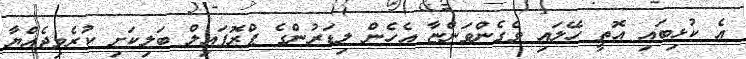
އެ ކުޅިބައި އޮތީ ހޭލައި ވެގެންވަންޏާ އެހެން ލިޑަރުންގެ ޕްރޮފައިލް ބަލިކަށި ކުރެވިޖެއްޔާ